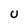
Character: U